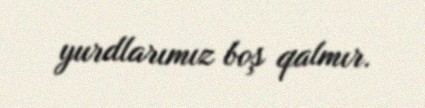
yurdlarımız boş qalmır.